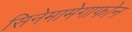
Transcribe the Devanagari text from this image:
सिनेमामेगाफोन